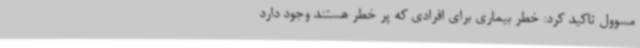
مسوول تاکید کرد: خطر بیماری برای افرادی که پر خطر هستند وجود دارد